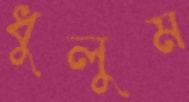
ধুলুম